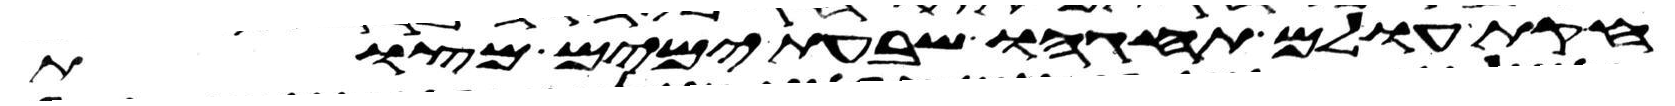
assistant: חקת עולם תחגהו שבעת ימים מצות